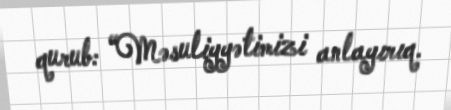
qurub: “Məsuliyyətimizi anlayırıq.